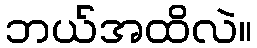
ဘယ်အထိလဲ။